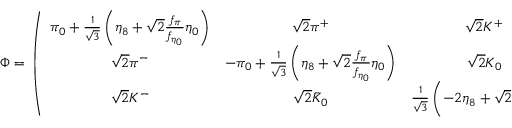
\Phi = \, \left( \begin{array} { c c c } { { \pi _ { 0 } + { \frac { 1 } { \sqrt 3 } } \left( \eta _ { 8 } + \sqrt { 2 } { \frac { f _ { \pi } } { f _ { \eta _ { 0 } } } } \eta _ { 0 } \right) } } & { { \sqrt { 2 } \pi ^ { + } } } & { { \sqrt { 2 } K ^ { + } } } \\ { { \sqrt { 2 } \pi ^ { - } } } & { { - \pi _ { 0 } + { \frac { 1 } { \sqrt 3 } } \left( \eta _ { 8 } + \sqrt { 2 } { \frac { f _ { \pi } } { f _ { \eta _ { 0 } } } } \eta _ { 0 } \right) } } & { { \sqrt { 2 } K _ { 0 } } } \\ { { \sqrt { 2 } K ^ { - } } } & { { \sqrt { 2 } \bar { K } _ { 0 } } } & { { { \frac { 1 } { \sqrt 3 } } \left( - 2 \eta _ { 8 } + \sqrt { 2 } { \frac { f _ { \pi } } { f _ { \eta _ { 0 } } } } \eta _ { 0 } \right) } } \end{array} \right) \ .